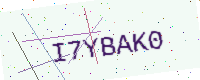
Text: I7YBAK0